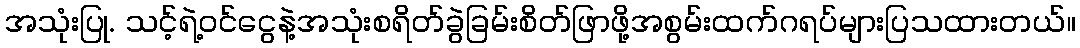
အသုံးပြု. သင့်ရဲ့ဝင်ငွေနဲ့အသုံးစရိတ်ခွဲခြမ်းစိတ်ဖြာဖို့အစွမ်းထက်ဂရပ်များပြသထားတယ်။